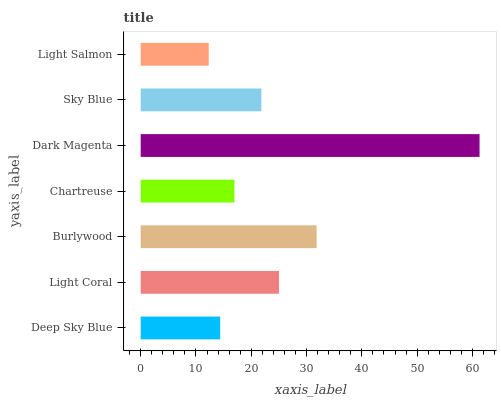
| yaxis_label | bars |
 | --- | --- |
 | Deep Sky Blue | 14.4 |
 | Light Coral | 25 |
 | Burlywood | 31.8 |
 | Chartreuse | 17 |
 | Dark Magenta | 61.3 |
 | Sky Blue | 21.8 |
 | Light Salmon | 12.3 |